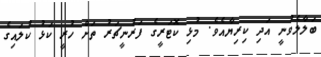
ބަލާލެވުނީ އަދި ކިރިޔާއެވެ. މުޅި ކޮޓަރީގެ ފަރުނީޗަރު ތަށް ހުރީ ކަޅު ކުލައިގެ